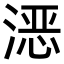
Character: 𪶮